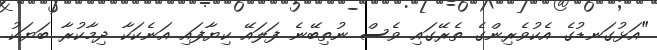
"އަޅުގަނޑުގެ އެކުވެރިންގެ ތެރޭގައި ވެސް ނުތިބޭނެ ފަލައޭ ކިޔާފައި އަނެކަކާ ދިމާކުރާ ބަޔަކު.